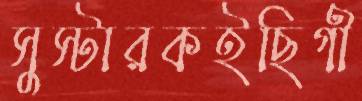
সুস্টারকইছিগী